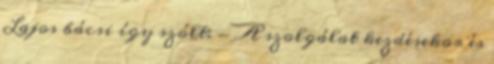
Lajos bácsi így szólt: - A szolgálat kezdésekor és